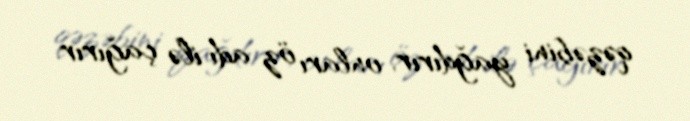
qəzəbini yağdırır, onları öz adı ilə çağırır.